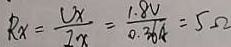
R _ { x } = \frac { U x } { I x } = \frac { 1 . 8 V } { 0 . 3 6 A } = 5 \Omega